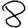
Digit: 8